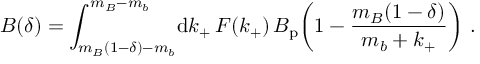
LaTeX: B ( \delta ) = \int _ { m _ { B } ( 1 - \delta ) - m _ { b } } ^ { m _ { B } - m _ { b } } \! \mathrm { d } k _ { + } \, F ( k _ { + } ) \, B _ { \mathrm { p } } \! \left( 1 - \frac { m _ { B } ( 1 - \delta ) } { m _ { b } + k _ { + } } \right) \, .